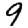
Digit: 9